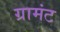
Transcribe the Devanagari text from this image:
ग्रामंट